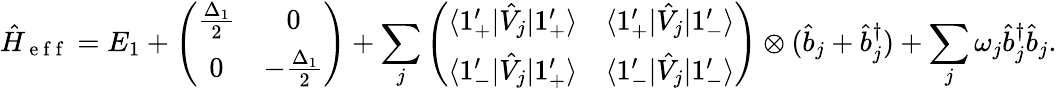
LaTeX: \hat{H}_{\mathrm{~e~f~f~}}=E_{1}+\left(\begin{array}{cc}{\frac{\Delta_{1}}{2}}&{0}\\ {0}&{-\frac{\Delta_{1}}{2}}\end{array}\right)+\sum_{j}\left(\begin{array}{cc}{\langle 1_{+}^{\prime}|\hat{V}_{j}|1_{+}^{\prime}\rangle}&{\langle 1_{+}^{\prime}|\hat{V}_{j}|1_{-}^{\prime}\rangle}\\ {\langle 1_{-}^{\prime}|\hat{V}_{j}|1_{+}^{\prime}\rangle}&{\langle 1_{-}^{\prime}|\hat{V}_{j}|1_{-}^{\prime}\rangle}\end{array}\right)\otimes(\hat{b}_{j}+\hat{b}_{j}^{\dagger})+\sum_{j}\omega_{j}\hat{b}_{j}^{\dagger}\hat{b}_{j}.